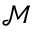
\mathcal { M }